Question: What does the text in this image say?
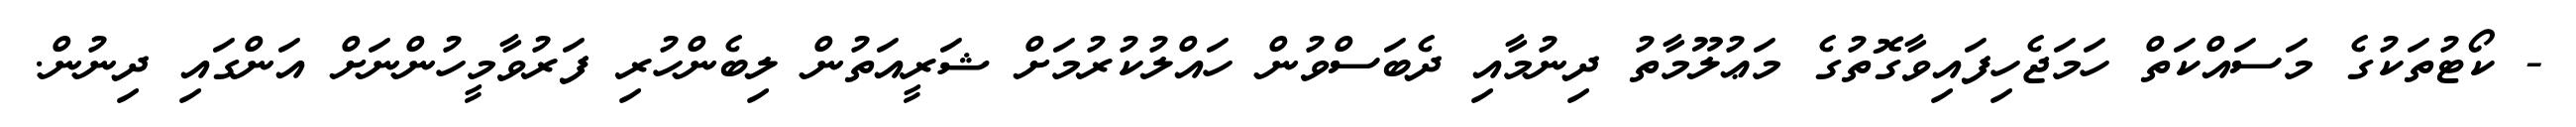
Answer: - ކޯޓުތަކުގެ މަސައްކަތް ހަމަޖެހިފައިވާގޮތުގެ މަޢުލޫމާތު ދިނުމާއި ދެބަސްވުން ހައްލުކުރުމަށް ޝަރީއަތުން ލިބެންހުރި ފަރުވާމީހުންނަށް އަންގައި ދިނުން.